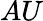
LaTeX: AU